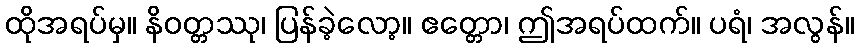
ထိုအရပ်မှ။ နိဝတ္တဿု၊ ပြန်ခဲ့လော့။ ဧတ္တော၊ ဤအရပ်ထက်။ ပရံ၊ အလွန်။